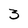
Character: 3